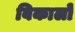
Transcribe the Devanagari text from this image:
बिकालो